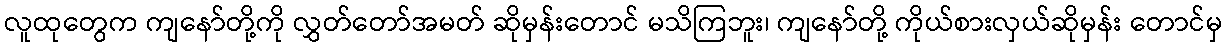
လူထုတွေက ကျနော်တို့ကို လွှတ်တော်အမတ် ဆိုမှန်းတောင် မသိကြဘူး၊ ကျနော်တို့ ကိုယ်စားလှယ်ဆိုမှန်း တောင်မှ